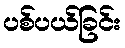
ပစ်ပယ်ခြင်း